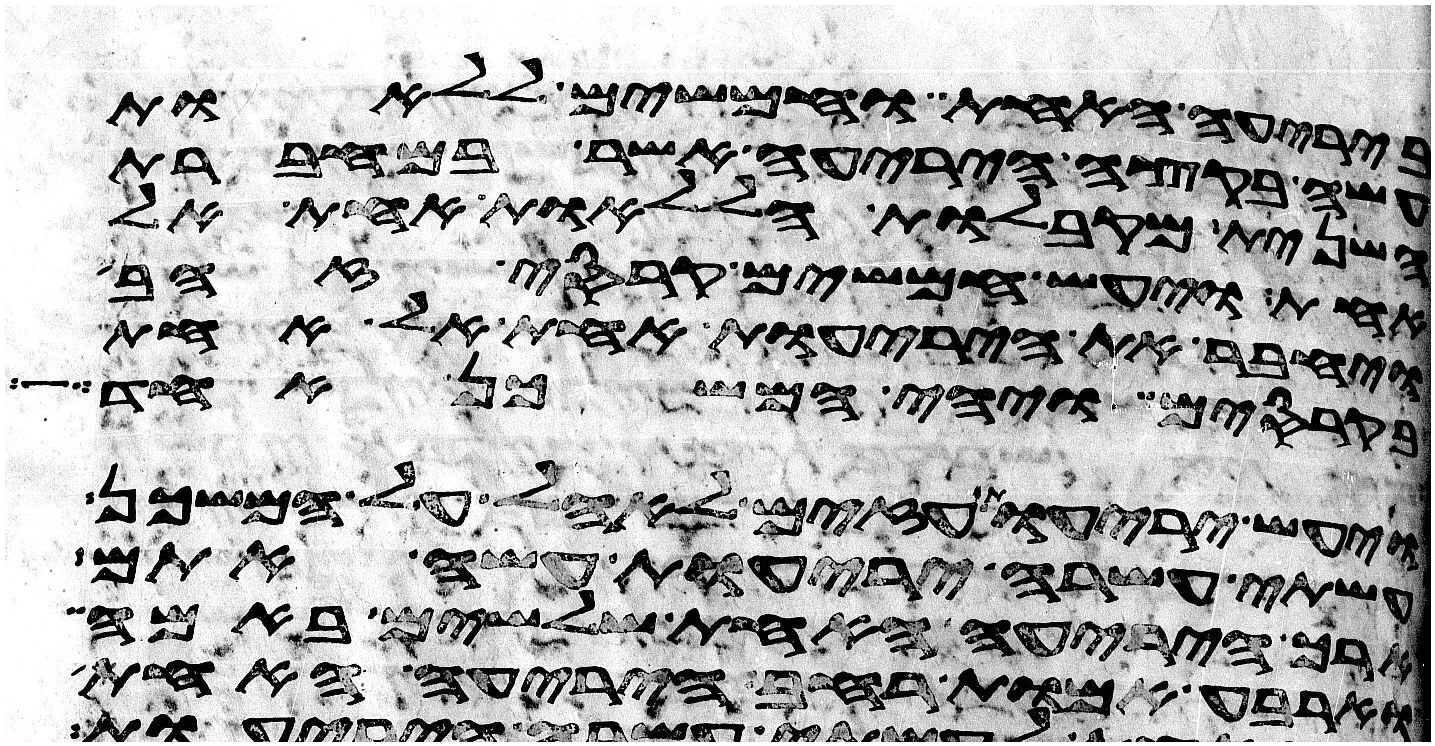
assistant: ביריעה האחת וחמשים ללאות
בקצה היריעה אשר במחברת
השנית מקבלות הללאות אחת אל
אחת ויעש חמשים קרסי זהב
ויחבר את היריעות אחת אל אחת
בקרסים ויהי המשכן אחד
ויעש יריעות עזים לאהל על המשכן
עשתה עשרה יריעות עשה אתם
ארך היריעה האחת שלשים באמה
וארבע אמות רחב היריעה האחת